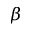
\beta